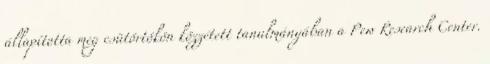
állapította meg csütörtökön közzétett tanulmányában a Pew Research Center.